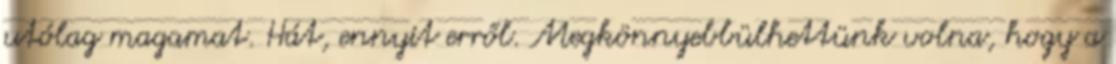
utólag magamat. Hát, ennyit erről. Megkönnyebbülhettünk volna, hogy a